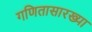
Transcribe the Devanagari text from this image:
गणितासारख्या